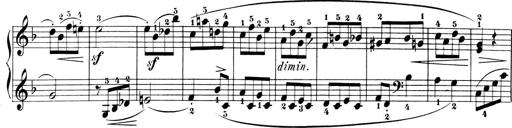
Title: 6 Piano Sonatinas
Composer: Cornelius Gurlitt